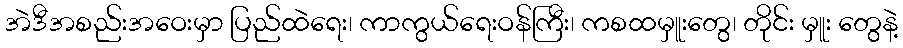
အဲဒီအစည်းအဝေးမှာ ပြည်ထဲရေး၊ ကာကွယ်ရေးဝန်ကြီး၊ ကစထမှူးတွေ၊ တိုင်း မှူး တွေနဲ့